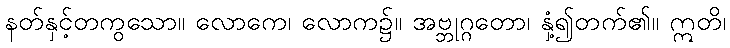
နတ်နှင့်တကွသော။ လောကေ၊ လောက၌။ အဗ္ဘုဂ္ဂတော၊ နှံ့၍တက်၏။ ဣတိ၊